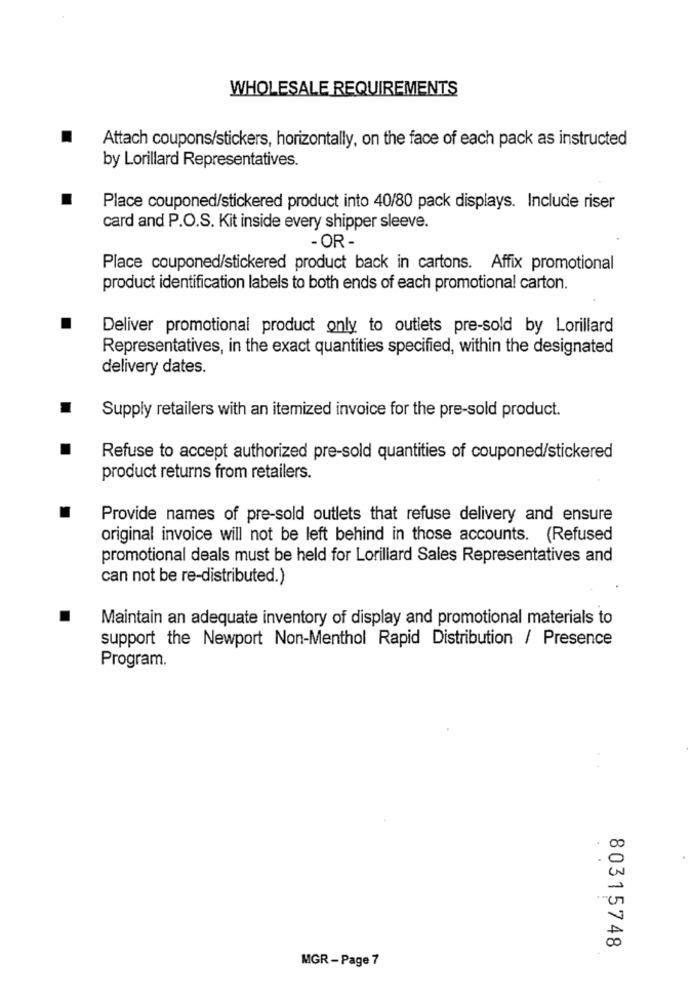
WHOLESALE REQUIREMENTS
Attach coupons/stickers, horizontally, on the face of each pack as instructed
by Lorillard Representatives.
Place couponed/stickered product into 40/80 pack displays. Include riser
card and P.O.S. Kit inside every shipper sleeve.
- OR -
Place couponed/stickered product back in cartons. Affix promotional
product identification labels to both ends of each promotional carton.
Deliver promotional product only to outlets pre-sold by Lorillard
Representatives, in the exact quantities specified, within the designated
delivery dates.
Supply retailers with an itemized invoice for the pre-sold product.
Refuse to accept authorized pre-sold quantities of couponed/stickered
product returns from retailers.
Provide names of pre-sold outlets that refuse delivery and ensure
original invoice will not be left behind in those accounts. (Refused
promotional deals must be held for Lorillard Sales Representatives and
can not be re-distributed.)
Maintain an adequate inventory of display and promotional materials to
support the Newport Non-Menthol Rapid Distribution / Presence
Program.
00
0
-
00
80315748
MGR -Page 7